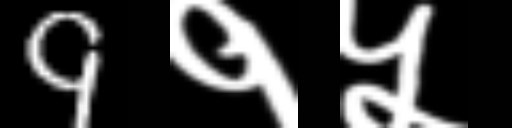
Text: 9१५